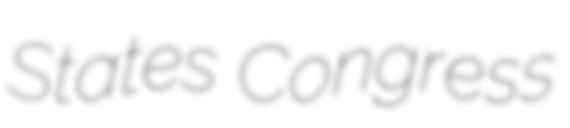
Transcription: States Congress